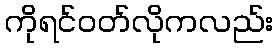
ကိုရင်ဝတ်လိုကလည်း